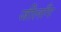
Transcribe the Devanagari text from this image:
जीलाँग